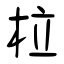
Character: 柆